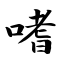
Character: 嗜